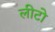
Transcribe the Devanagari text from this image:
लीटो